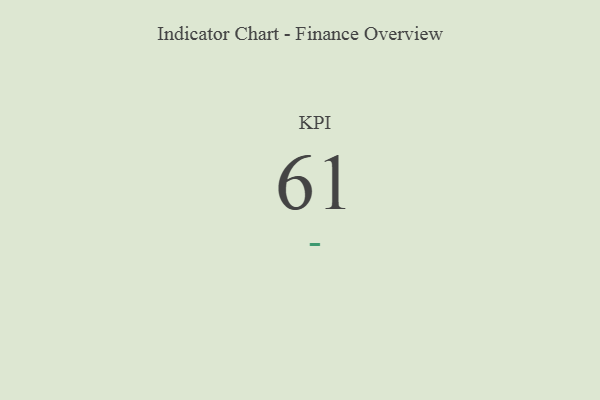
{"axis": {"x": "KPI", "y": "Value"}, "legend": [""], "data": [{"x": "KPI", "y": 61, "type": ""}]}